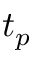
t _ { p }